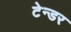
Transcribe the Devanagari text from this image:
टेन्‍डर